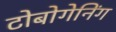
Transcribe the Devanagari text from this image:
टोबोगेनिंग